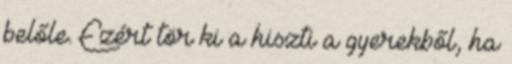
belőle. Ezért tör ki a hiszti a gyerekből, ha